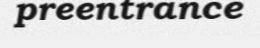
preentrance